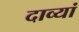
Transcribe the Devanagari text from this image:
दाव्यां